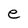
Character: e